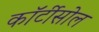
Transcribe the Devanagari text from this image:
कॉर्टीसोल